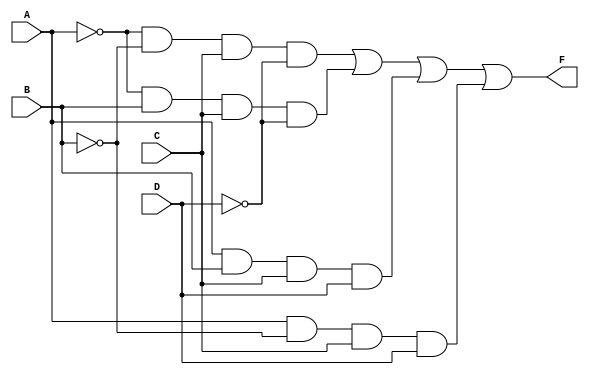
module CLB_PrimeImplicants (
    input wire A,      // Input variable A
    input wire B,      // Input variable B
    input wire C,      // Input variable C
    input wire D,      // Input variable D
    output wire F      // Output function F
);

// Internal signals for prime implicants
wire P1, P2, P3, P4;

// Example prime implicants based on a specific logic function
// Let's assume we have minterms: 1, 3, 7 -> (A'B'C'D + A'BC'D + AB'CD + ABCD)
assign P1 = ~A & ~B & C & ~D;  // minterm 1
assign P2 = ~A & B & C & ~D;   // minterm 3
assign P3 = A & B & C & D;     // minterm 7
assign P4 = A & ~B & C & D;    // Additional minterm (e.g. 6)

// Combine prime implicants using OR gates
assign F = P1 | P2 | P3 | P4;

endmodule